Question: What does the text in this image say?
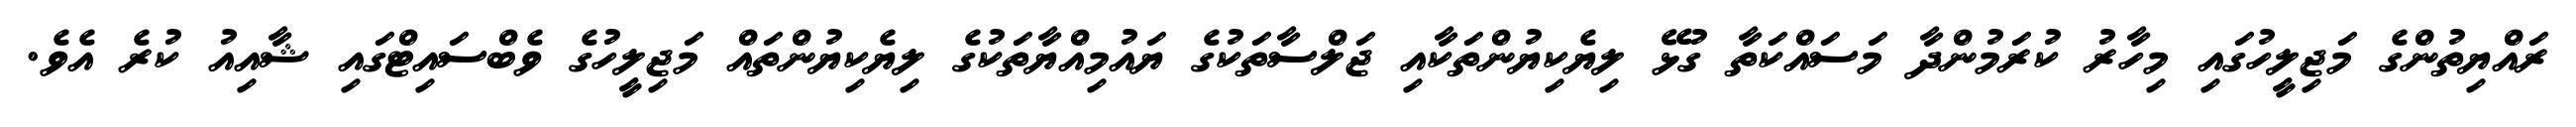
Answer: ރައްޔިތުންގެ މަޖިލީހުގައި މިހާރު ކުރަމުންދާ މަސައްކަތާ ގުޅޭ ލިޔެކިޔުންތަކާއި ޖަލްސާތަކުގެ ޔައުމިއްޔާތަކުގެ ލިޔެކިޔުންތައް މަޖިލީހުގެ ވެބްސައިޓްގައި ޝާއިއު ކުރެ އެވެ.